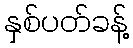
နှစ်ပတ်ခန့်